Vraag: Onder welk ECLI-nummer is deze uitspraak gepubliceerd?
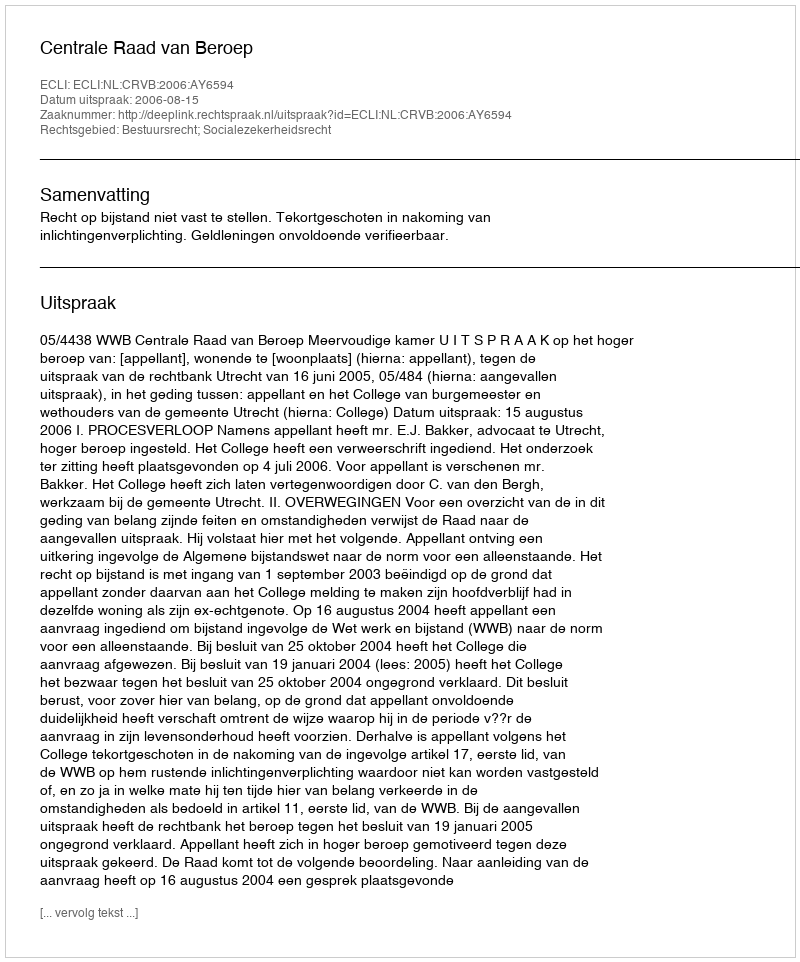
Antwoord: ECLI:NL:CRVB:2006:AY6594